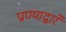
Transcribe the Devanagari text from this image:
प्राण्याद्वारे